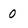
Character: O